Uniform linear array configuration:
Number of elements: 16
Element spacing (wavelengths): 0.5
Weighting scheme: binomial
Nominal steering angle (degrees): -60
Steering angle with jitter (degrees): -60.177
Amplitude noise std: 0.05
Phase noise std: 0.05

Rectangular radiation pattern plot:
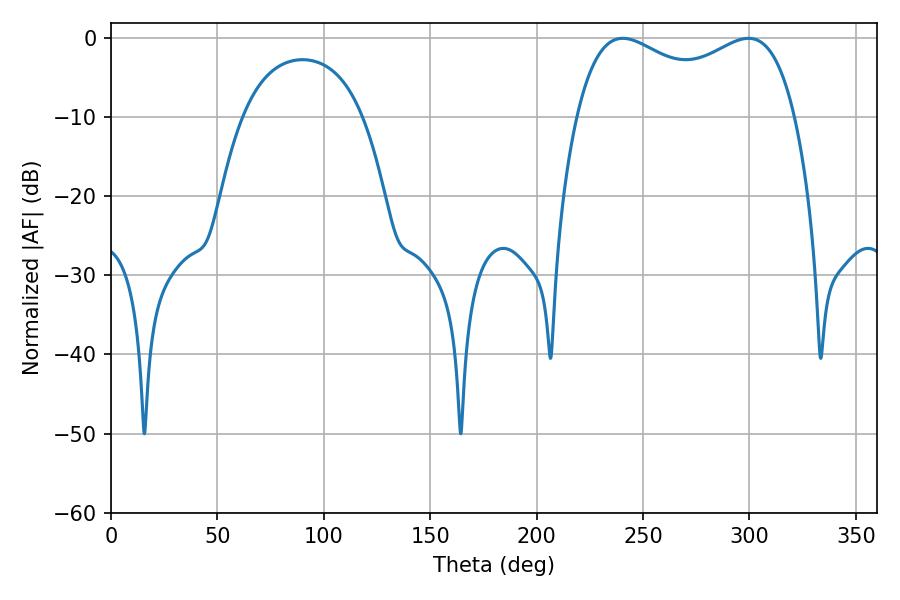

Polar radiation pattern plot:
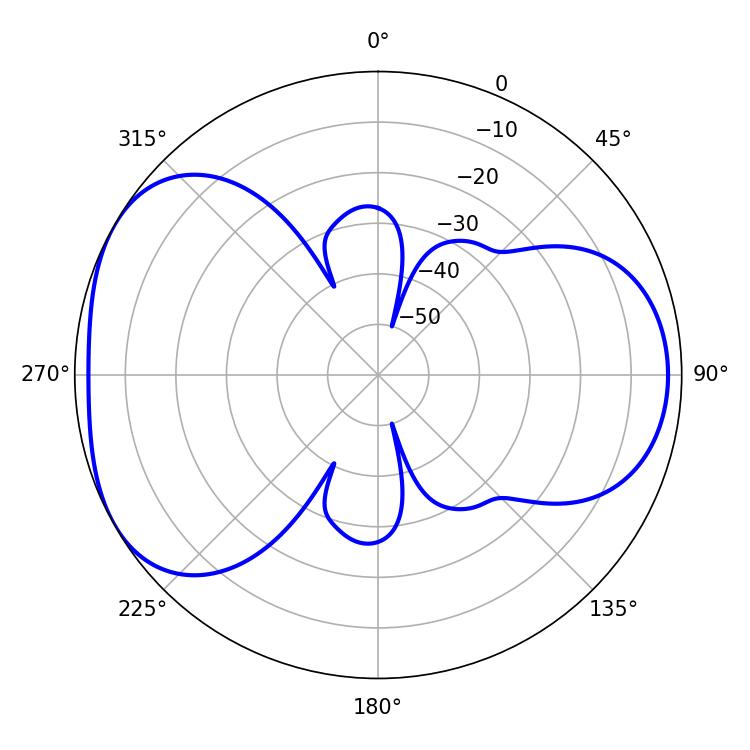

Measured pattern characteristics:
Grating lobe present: FALSE
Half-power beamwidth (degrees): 85.32
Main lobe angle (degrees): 299.52